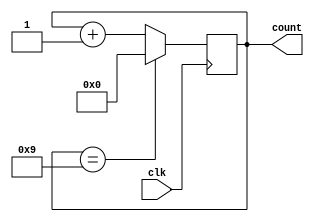
module decade_counter(
    input wire clk,
    output reg [3:0] count
);

always @(posedge clk) begin
    if (count == 9)
        count <= 0;
    else
        count <= count + 1;
end

endmodule